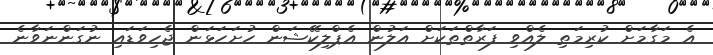
އެ މަގާމަށް ކުރިމަތި ލެއްވި ފަރާތްތަކަށް އަލުން އެޕްލިކޭޝަން ހުށަހަޅަން ޖެހިވަޑައި ނުގަންނަވާނެ